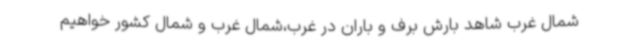
شمال غرب شاهد بارش برف و باران در غرب،شمال غرب و شمال کشور خواهیم